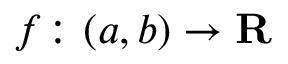
f \colon ( a , b ) \rightarrow \mathbf { R }